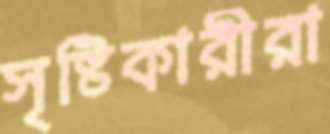
সৃষ্টিকারীরা